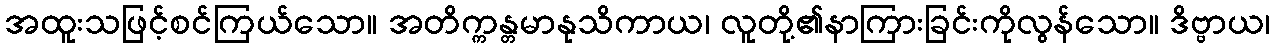
အထူးသဖြင့်စင်ကြယ်သော။ အတိက္ကန္တမာနုသိကာယ၊ လူတို့၏နာကြားခြင်းကိုလွန်သော။ ဒိဗ္ဗာယ၊